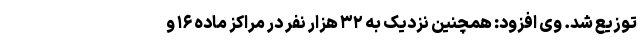
توزیع شد. وی افزود: همچنین نزدیک به ۳۲ هزار نفر در مراکز ماده ۱۶ و